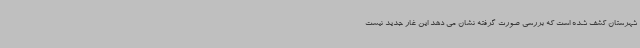
شهرستان کشف شده است که بررسی صورت گرفته نشان می دهد این غار جدید نیست